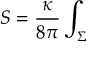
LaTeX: S = \frac { \kappa } { 8 \pi } \int _ { \Sigma }